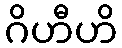
ဂိဟီဟိ